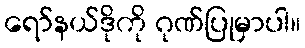
ရော်နယ်ဒိုကို ဂုဏ်ပြုမှာပါ။